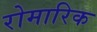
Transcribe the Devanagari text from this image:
रोमारिक